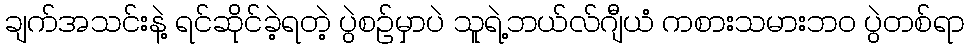
ချက်အသင်းနဲ့ ရင်ဆိုင်ခဲ့ရတဲ့ ပွဲစဉ်မှာပဲ သူရဲ့ဘယ်လ်ဂျီယံ ကစားသမားဘဝ ပွဲတစ်ရာ